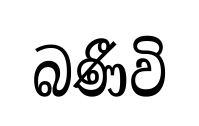
බණීවි